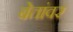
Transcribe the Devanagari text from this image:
बेतांवर